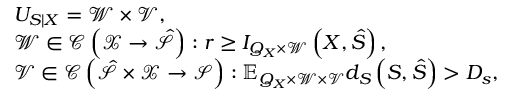
\begin{array} { r l } & { U _ { S | X } = \mathscr { W } \times \mathscr { V } , } \\ & { \mathscr { W } \in \mathcal { C } \left( \mathcal { X } \rightarrow \mathcal { \hat { S } } \right) : r \geq I _ { Q _ { X } \times \mathscr { W } } \left( X , \hat { S } \right) , } \\ & { \mathscr { V } \in \mathcal { C } \left( \hat { \mathcal { S } } \times \mathcal { X } \rightarrow \mathcal { S } \right) : \mathbb { E } _ { Q _ { X } \times \mathscr { W } \times \mathscr { V } } d _ { S } \left( S , \hat { S } \right) > D _ { s } , } \end{array}